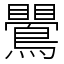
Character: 鷪